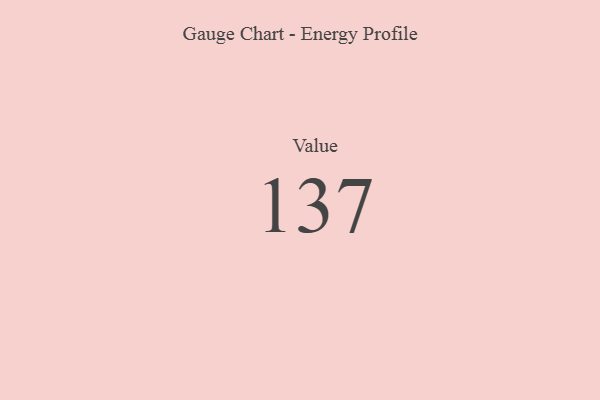
{"axis": {"x": "Metric", "y": "Value"}, "legend": [""], "data": [{"x": "Value", "y": 137, "type": ""}]}